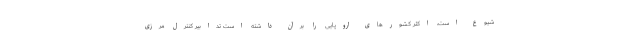
شیوع است، اکثر کشورهای اروپایی را برآن داشته است تدابیر کنترل مرزی